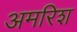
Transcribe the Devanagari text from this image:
अमरिश